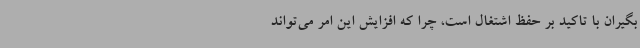
بگیران با تاکید بر حفظ اشتغال است، چرا که افزایش این امر می‌تواند